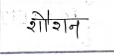
मजकूर: शौशन